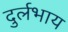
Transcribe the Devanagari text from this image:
दुर्लभाय